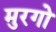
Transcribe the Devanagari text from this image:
मुरगो